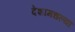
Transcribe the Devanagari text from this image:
देशामधल्या